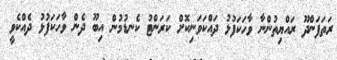
ރަތަފަންދޫ ރައްޔިތުންނާ ވާހަކަފުޅު ދައްކަވަނިކޮށް ކަރަންޓު ކެނޑުމުން އިބޫ ދެން ވާހަކަފުޅު ދެއްކެވީ